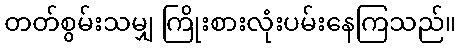
တတ်စွမ်းသမျှ ကြိုးစားလုံးပမ်းနေကြသည်။